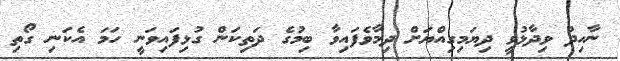
ނާހިދު ވިދާޅުވީ ދިޔަމިގިއްޔަށް ދިމާވެފައިވާ ބިމުގެ ދަތިކަން ގުޅިފައިވަނީ ހަމަ އެކަނި ގޯތި